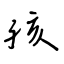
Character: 孩